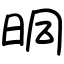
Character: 晍